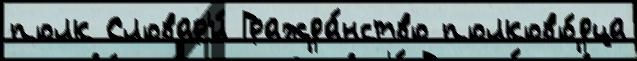
полк Словар'и́ Гражда́нство полково́дца